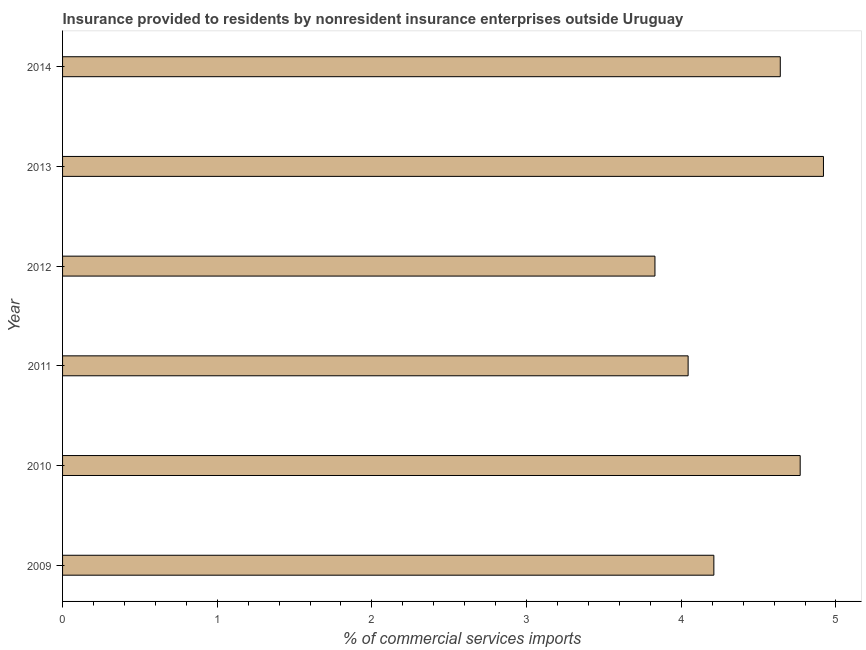
| Year | Insurance provided by non-residents |
 | --- | --- |
 | 2009 | 4.21 |
 | 2010 | 4.77 |
 | 2011 | 4.04 |
 | 2012 | 3.83 |
 | 2013 | 4.92 |
 | 2014 | 4.64 |